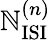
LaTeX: \mathbb{N}_{\mathrm{{ISI}}}^{(n)}